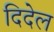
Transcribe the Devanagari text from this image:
दिदेल